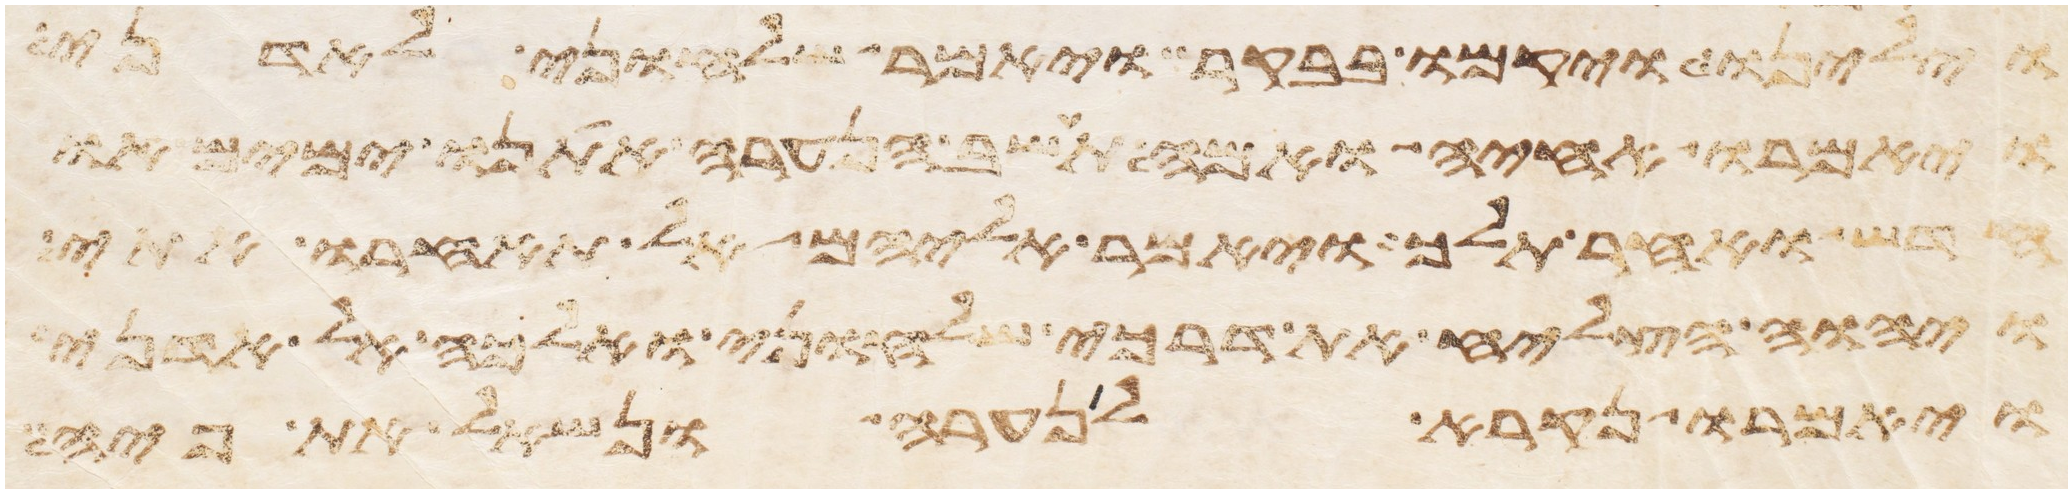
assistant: וילינו ויקמו בבקר ויאמר שלחוני לאדני
ויאמרו אחיה ואמה תשב הנערה אתנו ימים או
חדש ואחר תלך ויאמר אליהם אל תאחרו אתי
ויהוה הצליח את דרכי שלחוני ואלכה אל אדני
ויאמרו נקרא לנערה ונשאל את פיה